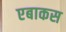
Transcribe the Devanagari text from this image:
एबाकस